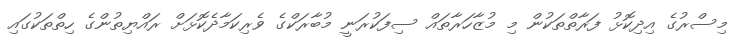
މިސްރުގެ އިދިކޮޅު ފަރާތްތަކުން މި މުޒާހަރާތައް ސިފަކުރަނީ މުބާރަކްގެ ވެރިކަމާދެކޮޅަށް ރައްޔިތުންގެ ހިތްތަކުގައި